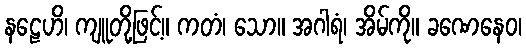
နဠေဟိ၊ ကျူတို့ဖြင့်။ ကတံ၊ သော။ အဂါရံ၊ အိမ်ကို။ ခဏေနေဝ၊